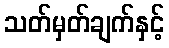
သတ်မှတ်ချက်နှင့်